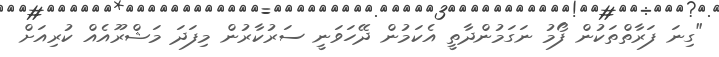
"ގިނަ ފަރާތްތަކުން ފޯމު ނަގަމުންދާތީ އެކަމުން ދޭހަވަނީ ސަރުކާރުން މިފަދަ މަޝްރޫއެއް ކުރިއަށް